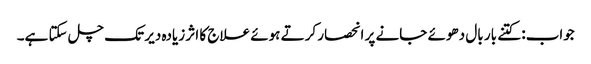
جواب: کتنے بار بال دھوئے جانے پر انحصار کرتے ہوئے علاج کا اثر زیادہ دیر تک چل سکتا ہے۔